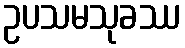
ဥပသမသုခဿ